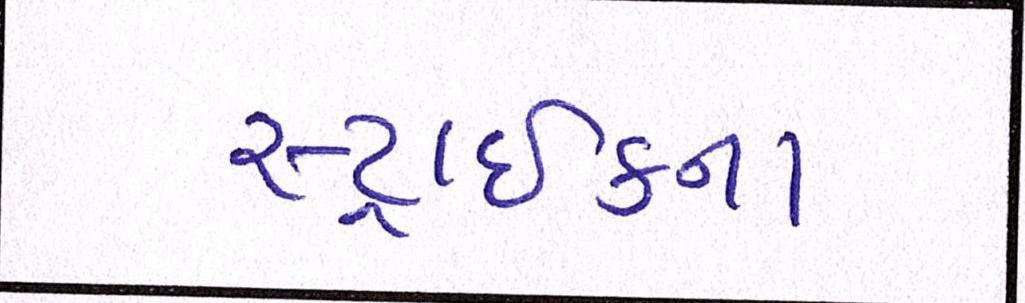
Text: સ્ટ્રાઈકના